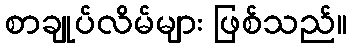
စာချုပ်လိမ်များ ဖြစ်သည်။